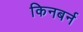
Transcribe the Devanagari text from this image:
किनबर्न